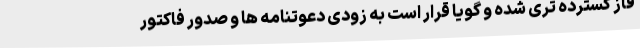
فاز گسترده تری شده و گویا قرار است به زودی دعوتنامه ها و صدور فاکتور